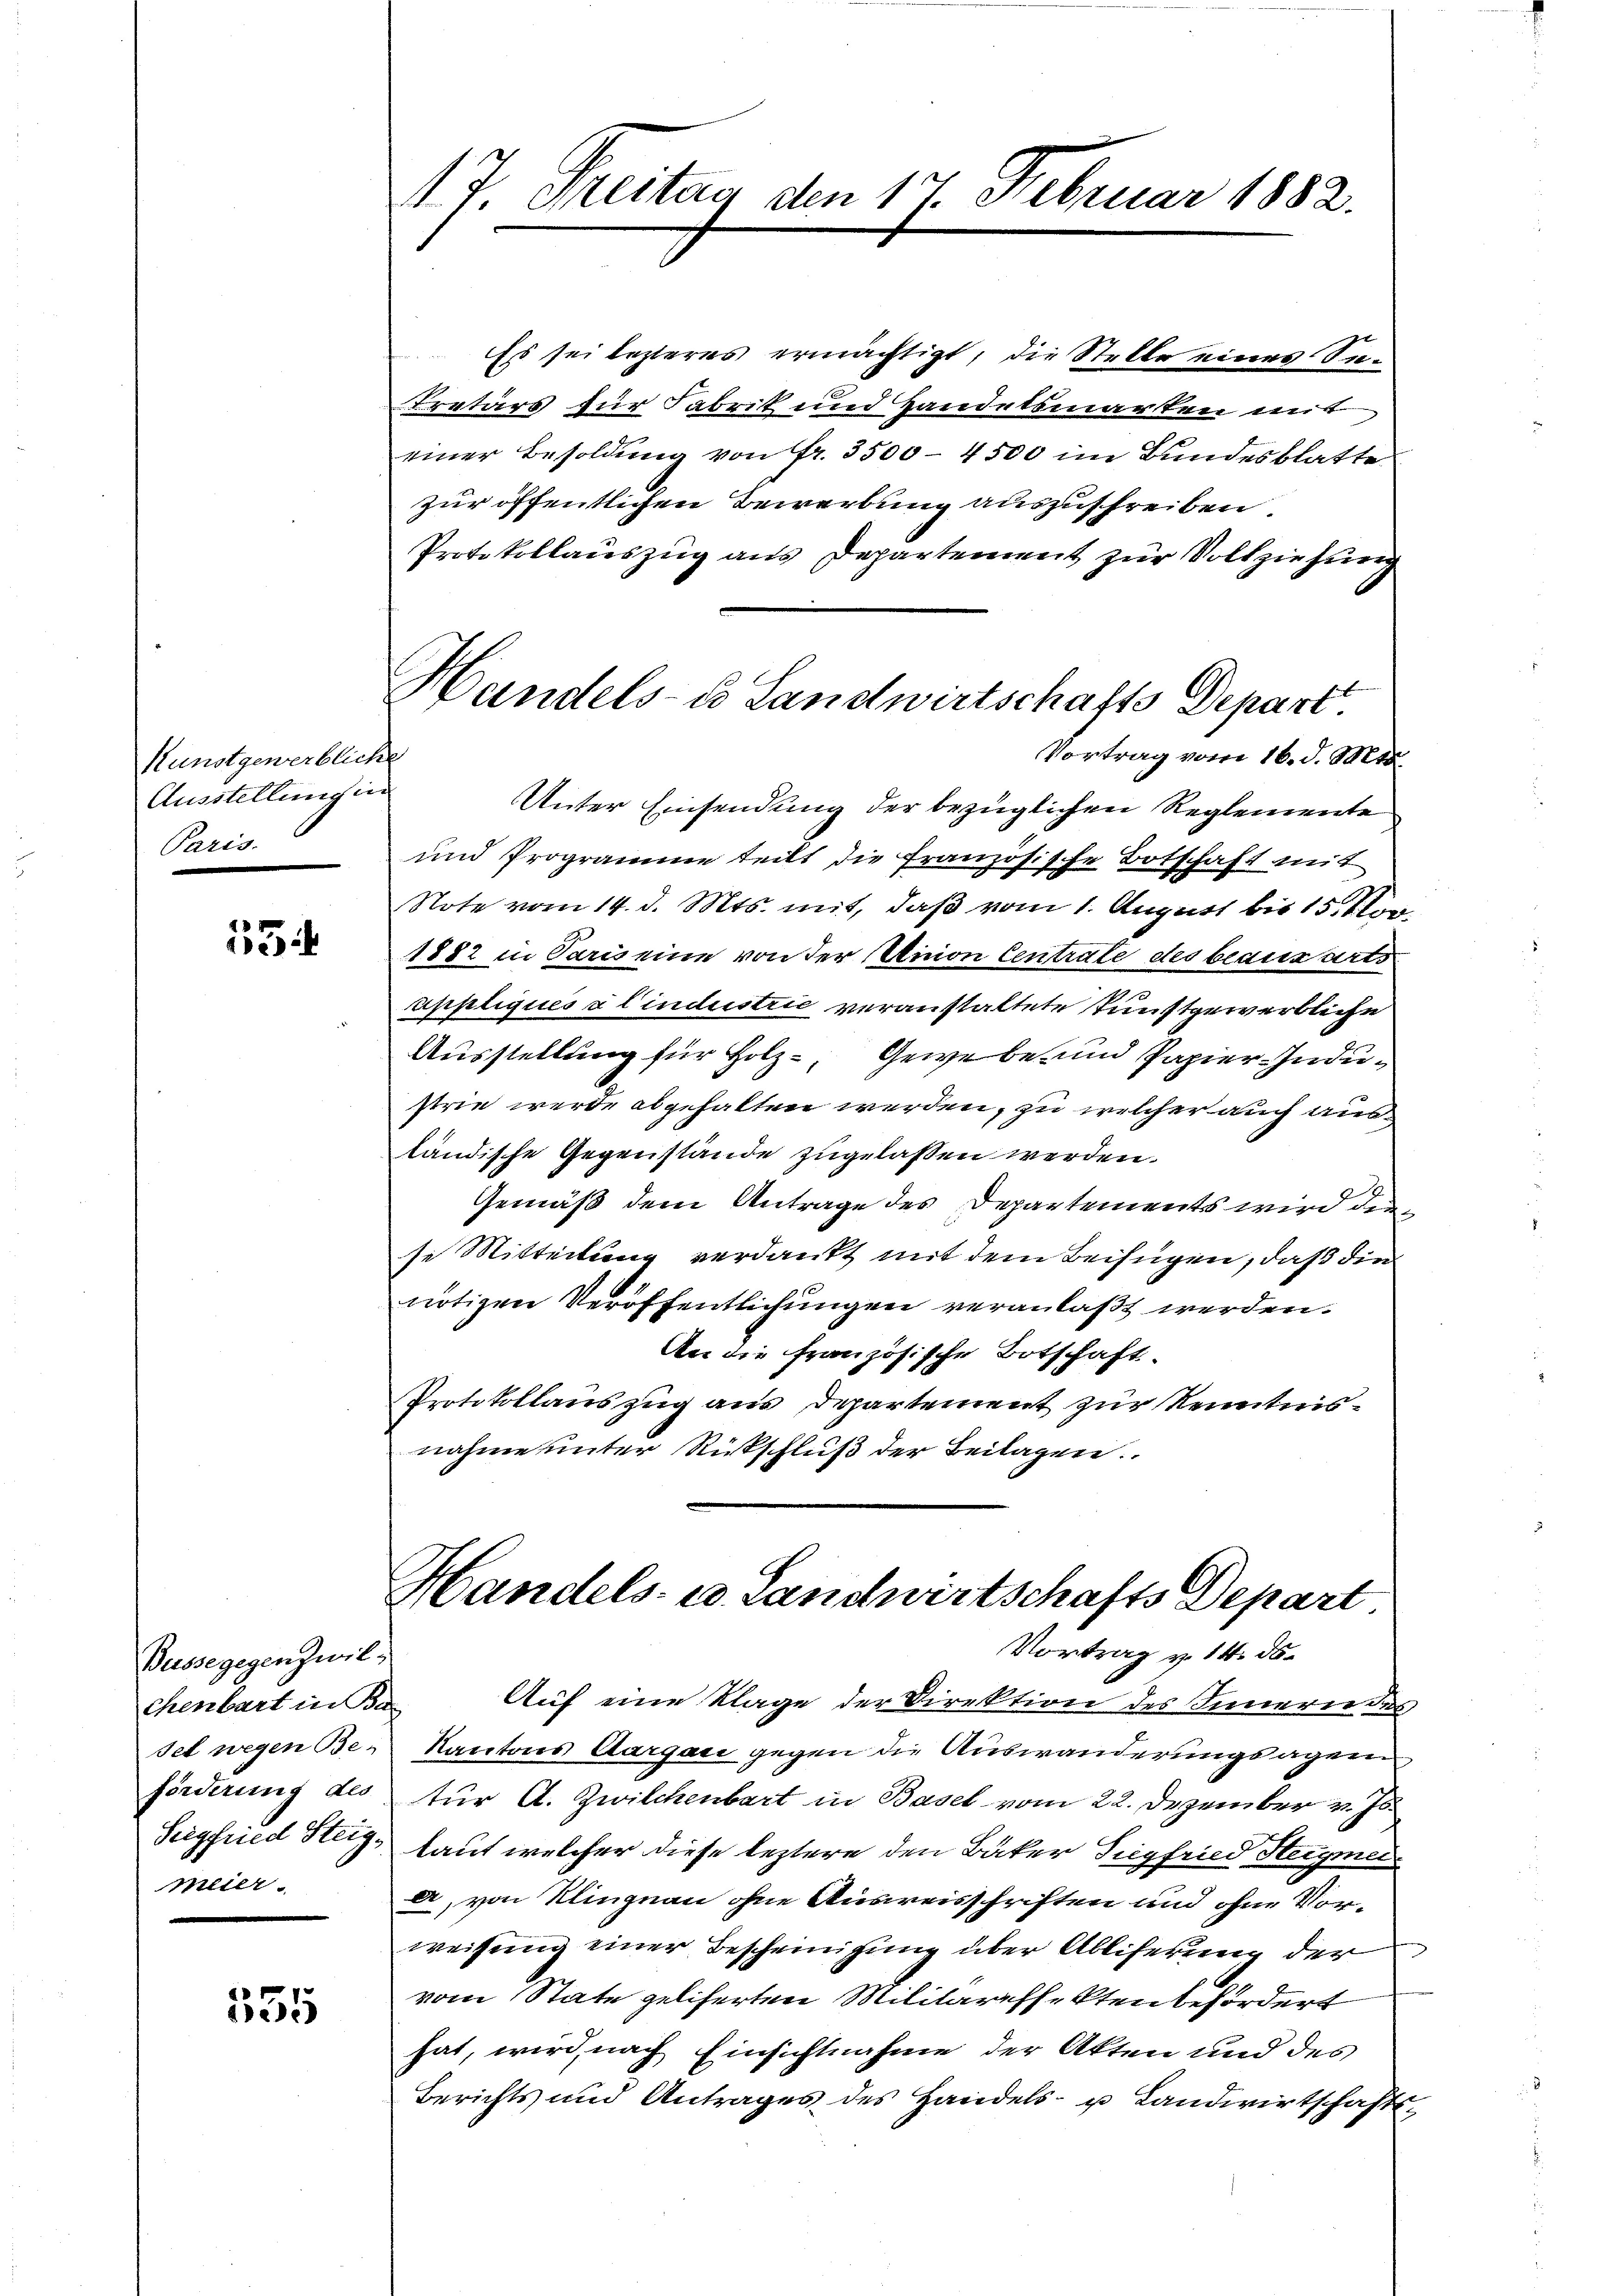
Kunstgewerbliche
Ausstellung in
Paris

23

Busse gegen zwil
chenbart in Ba
sel wegen Be-
förderung des
Seigfried Steig.
meier.

35

T. Greitag den 17. Februar 1882.

Handels- & Landwirtschafts Depart.
Vortrag vom 16. d. Mts.

Es sei lezteres ermächtigt, die Stelle eines Se¬
Tretärs zur Fabrik und Handelsmarkten mit
einer Besoldung von fr. 3500-4500 im Bundesblatte
zur öffentlichen Bewerbung auszuschreiben,
Protokollauszug aus Departement zur Vollziehung
Unter Einsendung der bezüglichen Reglemente
und Programme teilt die französische Botschaft mit
Note vom 14. d. Mts. mit, daß vom 1. August bis 15. Mar
1882 in Paris eine von der Annon Centrate des beaux arts
uppliques alindustrić veranstaltete Kunstgewerbliche
Ausstellung für Holz, Gewebe und Papier-Industrie werde abgehalten werden, zu welcher auch ausländische Gegenstände zugelassen werden.
Gemäß dem Antrage des Departements wird den
se Mitteilung verdankt mit dem Beifügen, daß die
notizen Veröffentlichungen veranlaßt werden.
An die französische Botschaft.
Protokollauszug aus Departement zur Kenntnisnahme unter Rückschluß der Beilagen
Handels- u. Landwirtschafts Depart
Vortrag v. 14. ds.
Auf eine Klage der Direktion des Innern des
Kantons Aargau gegen die Auswanderungsagen
tür A. Zwilchenbart in Basel vom 22. Dezember v. Js.
laut welcher diese leztere den Bäker Siegfried Steigmei
a, von Klingnau ohne Ausweisschriften und ohne Vorweisung einer Bescheinigung über Abliferung der
vom State geliferten Militäreffekten befördert
hat, wird nach Einsichtnahme der Akten und des
Berichts um Antrages des Handels- u Landwirtschaft